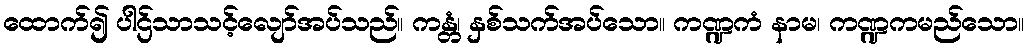
ထောက်၍ ပါဌ်သာသင့်လျော်အပ်သည်။ ကန္တံ၊ နှစ်သက်အပ်သော။ ကဏ္ဍကံ နာမ၊ ကဏ္ဍကမည်သော။